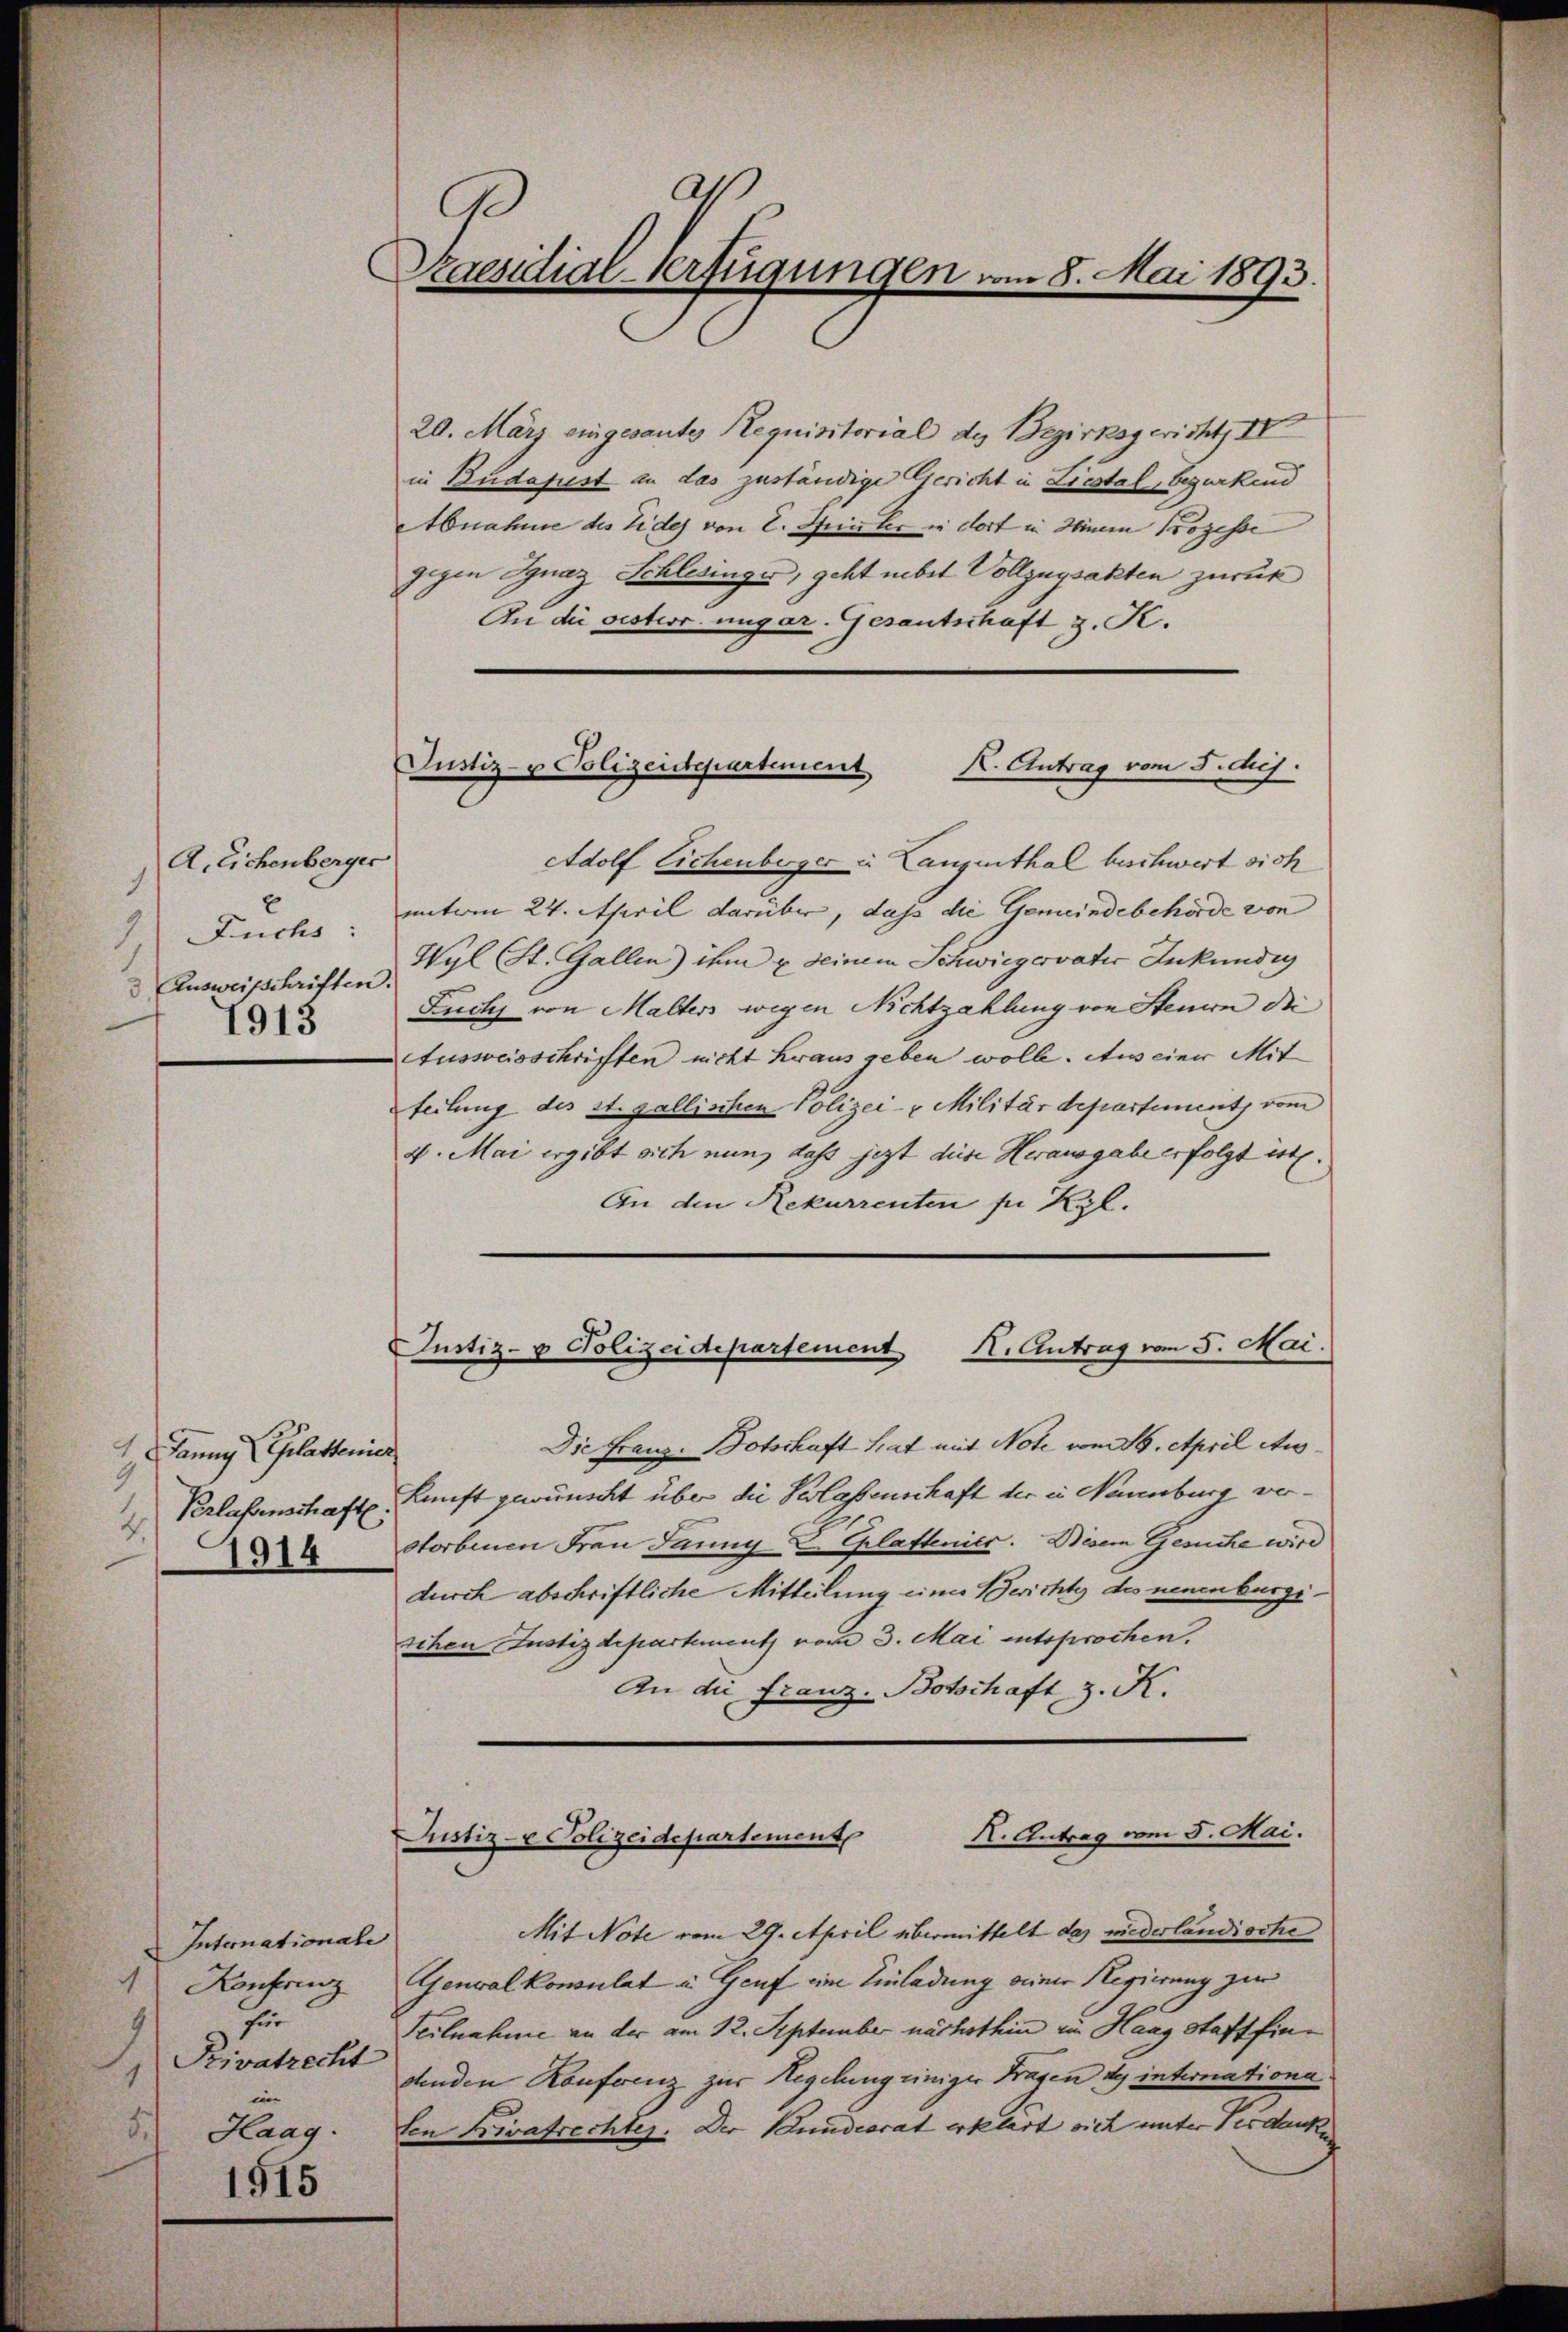
A. Eichenberger
1
 Fuchs:
 Aŭsweisschriften.
1913

Janny (Eplattenier
9
2.
1914

Internationale
1
Konferenz
für
Privatrecht
im
5.
Haag.
1915

Praesidial-Verfügungen vom 8. Mai 1893.

20. März eingesantes Requisitorial des Bezirksgericht IV
in Budafust an das zuständige Gericht in Liestal, begurkend
Abnahme des Eides von E. Hinter in dort in Heinem Prozesse
gegen Ignaz Schlesinger, geht nebst Vollzugsakten zurück
An die gester ungar. Gesantschaft z. K.

Adolf Eichenberger in Langenthal beschwert sich
unterm 24. April darüber, dass die Gemeindebehörde von
Wyl (St. Gallen) ihm u. seinem Schwiegervater Inkundig
Fuchs von Malters wegen Nichtzahlung von Steuern die
Ausweisschriften nicht heraus geben wolle. Aus einer Mit
teilung des st. gallischen Polizei- u Militärdepartement vom
4. Mai ergibt sich nun, dass jezt diese Herausgabe erfolgt ist.
An den Rekurrenten zu Kl.

Justiz- u Polizeidepartement

K. Antrag vom 5. huj.

Justiz- & Polizeidepartement K. Antrag vom 5. Mai.

Die Franz-Botschaft Stat mit Note vom 16. April Aus¬
Verlassenschaft. Zunft gewünscht über die Verlaßenschaft der in Nannburg verstorbenen Frau Jauny E Eplastenies. Diesem Gesuche wird
durch abschriftliche Mitteilung einer Berichte des neuenburgischen Justizdepartement vom 3. Mai entsprochen.
An die Franz. Botschaft z. K.

K. Antrag vom 5. Mai.
Justiz-e Polizeidepartement

Mit Note vom 29. April übermittelt das niederländische
Genval konsulat u. Genf eine Einladung seiner Regierung zur
Teilnahme an der am 12. September nächsthin im Haag Staff findenden Konferenz zur Regelung einiger Fragen des internationa
ten Privatrechter. Der Bundesrat erklärt sich unter Verdanke